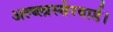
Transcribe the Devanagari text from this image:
अल्ब्लास्सेरवार्ड।